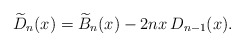
\begin{align*}\widetilde{D}_{n}(x)=\widetilde{B}_{n}(x)-2nx\,D_{n-1}(x).\end{align*}